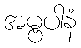
အမ္ဗပါနံ